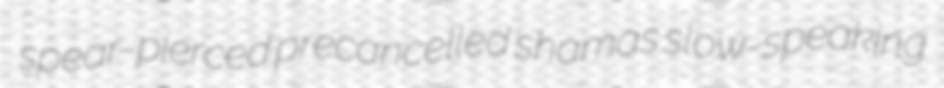
spear-pierced precancelled shamas slow-speaking